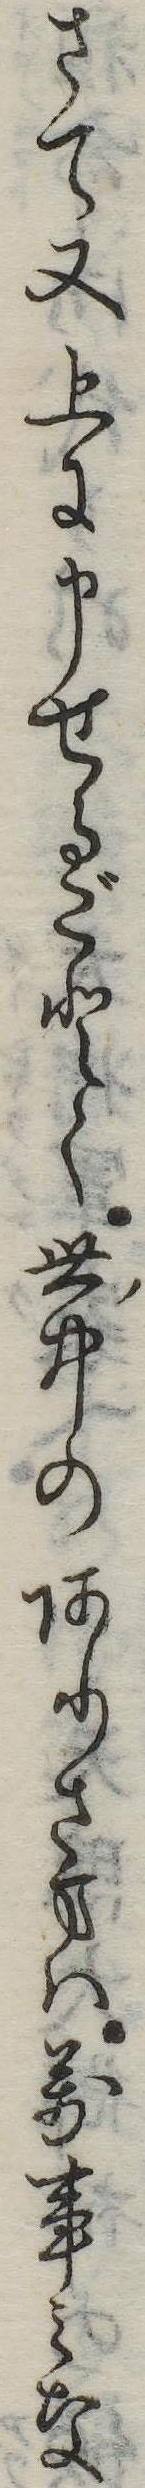
さて又上に申せるごとく世中のありさまは万事みな